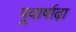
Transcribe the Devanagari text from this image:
पूवार्षाढ़ा